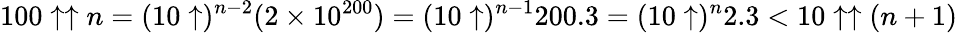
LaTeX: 100\uparrow\uparrow n=(10\uparrow)^{n-2}(2\times 10^{200})=(10\uparrow)^{n-1}200.3=(10\uparrow)^{n}2.3<10\uparrow\uparrow(n+1)